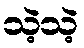
သဲ့သဲ့